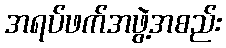
အရပ်ဖက်အဖွဲ့အစည်း